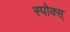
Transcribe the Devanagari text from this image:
स्पोक्स्